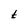
Character: t